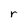
Character: r